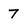
Character: 7